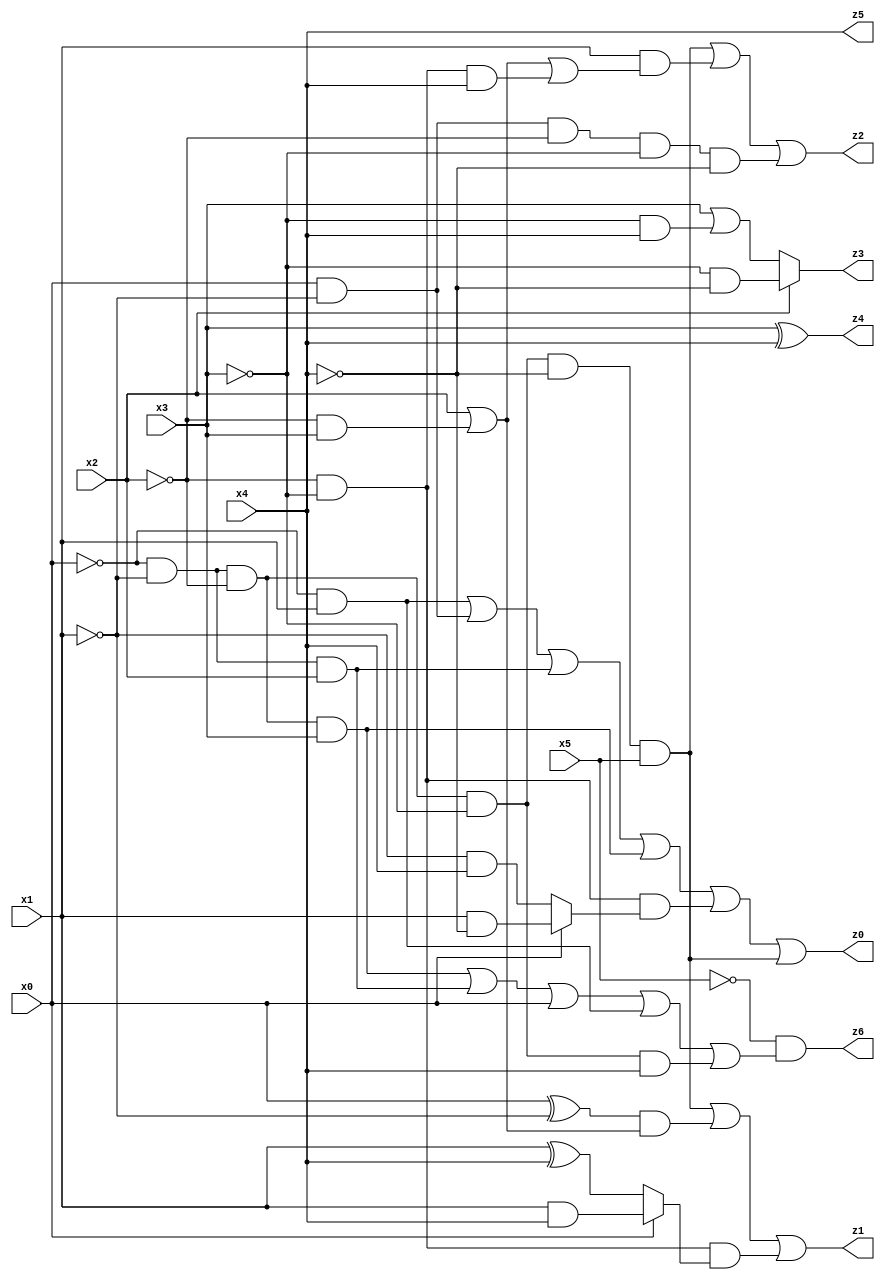
// Benchmark "X_8" written by ABC on Wed Jun 07 15:55:30 2023

module X_8 ( 
    x0, x1, x2, x3, x4, x5,
    z0, z1, z2, z3, z4, z5, z6  );
  input  x0, x1, x2, x3, x4, x5;
  output z0, z1, z2, z3, z4, z5, z6;
  assign z0 = (~x0 & x1) | (x0 & ~x1) | (~x0 & ~x1 & x2) | (~x0 & ~x1 & ~x2 & x3) | (~x2 & ~x3 & (x0 ? (x1 & ~x4) : (~x1 & x4))) | (~x0 & ~x1 & ~x2 & ~x3 & ~x4 & x5);
  assign z1 = (~x0 & ~x1 & ~x2 & ~x3 & ~x4 & x5) | ((x0 ^ ~x1) & (x2 | (~x2 & x3))) | (~x2 & ~x3 & (x0 ? (x1 & x4) : (x1 ^ x4)));
  assign z2 = (~x0 & ~x1 & ~x2 & ~x3 & ~x4 & x5) | (x1 & (x2 | (~x2 & x3) | (~x2 & ~x3 & x4))) | (x0 & ~x1 & ~x2 & ~x3 & ~x4);
  assign z3 = x2 ? (~x3 & ~x4) : (x3 | (~x3 & x4));
  assign z4 = x3 ^ x4;
  assign z5 = x4;
  assign z6 = ~x5 & ((~x0 & ~x1 & ~x2 & x3) | (~x0 & ~x1 & x2) | x0 | (~x0 & x1) | (~x0 & ~x1 & ~x2 & ~x3 & x4));
endmodule